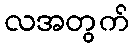
လအတွက်